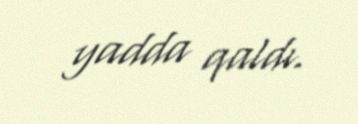
yadda qaldı.